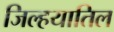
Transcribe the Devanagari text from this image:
जिल्हयातिल